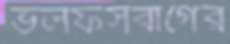
ভলফসবার্গের